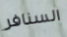
السنافر